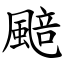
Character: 䬏